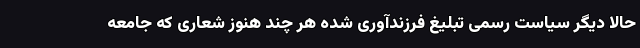
حالا دیگر سیاست رسمی تبلیغ فرزندآوری شده هر چند هنوز شعاری که جامعه